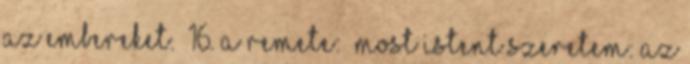
az embereket.” 16. A remete: „Most Istent szeretem: az